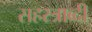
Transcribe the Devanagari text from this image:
सहस्‍त्राब्दी